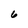
Character: 6